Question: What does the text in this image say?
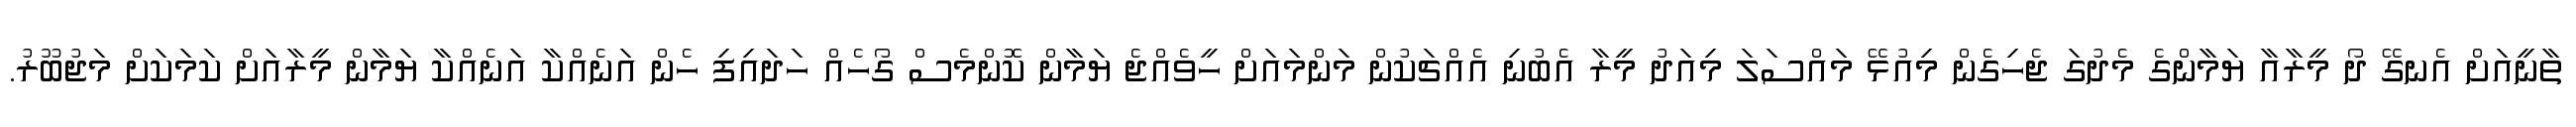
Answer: ތާނީއަށް އެނގޭ ދޯ މީރާއާ ޔަމާންގެ މެދުގަ ޖެހިގެން މިއުޅޭ މައްސަލަ މިއަދު މީރާ އެބުނި އެއްޗަކުން މަންމައަށް ހީވެއްޖެ ޔަމާން ކޮންމެސް ގޯހެއް ހަދައިފި ހެން އަނެއްކާ އަނެއްކާ ޔަމާން މީރާއަށް ކަމަކަށް މަޖުބޫރު.